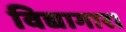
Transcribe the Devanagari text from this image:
विद्यागार।